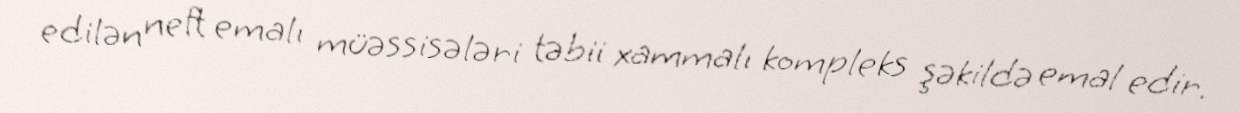
edilən neft emalı müəssisələri təbii xammalı kompleks şəkildə emal edir.